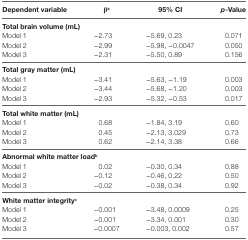
<table><thead><tr><td><b>Dependent variable</b></td><td><b>β<sup>a</sup></b></td><td><b>95% CI</b></td><td><b><i>p</i>-Value</b></td></tr></thead><tbody><tr><td colspan="4"><b>Total brain volume (mL)</b></td></tr><tr><td>Model 1</td><td>−2.73</td><td>−5.69, 0.23</td><td>0.071</td></tr><tr><td>Model 2</td><td>−2.99</td><td>−5.98, −0.0047</td><td>0.050</td></tr><tr><td>Model 3</td><td>−2.31</td><td>−5.50, 0.89</td><td>0.156</td></tr><tr><td colspan="4"><b>Total gray matter (mL)</b></td></tr><tr><td>Model 1</td><td>−3.41</td><td>−5.63, −1.19</td><td>0.003</td></tr><tr><td>Model 2</td><td>−3.44</td><td>−5.68, −1.20</td><td>0.003</td></tr><tr><td>Model 3</td><td>−2.93</td><td>−5.32, −0.53</td><td>0.017</td></tr><tr><td colspan="4"><b>Total white matter (mL)</b></td></tr><tr><td>Model 1</td><td>0.68</td><td>−1.84, 3.19</td><td>0.60</td></tr><tr><td>Model 2</td><td>0.45</td><td>−2.13, 3.029</td><td>0.73</td></tr><tr><td>Model 3</td><td>0.62</td><td>−2.14, 3.38</td><td>0.66</td></tr><tr><td colspan="4"><b>Abnormal white matter load<sup>b</sup></b></td></tr><tr><td>Model 1</td><td>0.02</td><td>−0.30, 0.34</td><td>0.88</td></tr><tr><td>Model 2</td><td>−0.12</td><td>−0.46, 0.22</td><td>0.50</td></tr><tr><td>Model 3</td><td>−0.02</td><td>−0.38, 0.34</td><td>0.92</td></tr><tr><td colspan="4"><b>White matter integrity<sup>c</sup></b></td></tr><tr><td>Model 1</td><td>−0.001</td><td>−3.48, 0.0009</td><td>0.25</td></tr><tr><td>Model 2</td><td>−0.001</td><td>−3.34, 0.001</td><td>0.30</td></tr><tr><td>Model 3</td><td>−0.0007</td><td>−0.003, 0.002</td><td>0.57</td></tr></tbody></table>